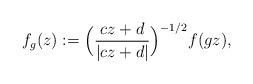
LaTeX: \begin{align*}f_{g}(z):= \Big(\frac{cz+d}{|cz+d|}\Big)^{-1/2}f(gz),\end{align*}